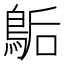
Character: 𪁆